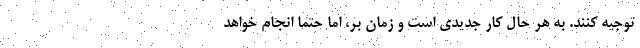
توجیه کنند. به هر حال کار جدیدی است و زمان بر، اما حتماً انجام خواهد